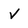
Character: v